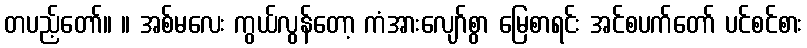
တပည့်တော်။ ။ အစ်မလေး ကွယ်လွန်တော့ ကံအားလျော်စွာ မြေစာရင်း အင်စပက်တော် ပင်စင်စား